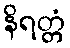
နိရတ္တံ